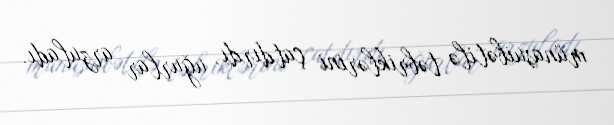
münasuibətilə təbriklərini çatdırdı, uğurlar arzuladı.